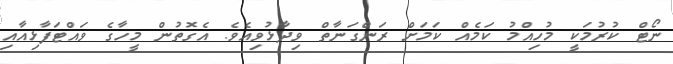
ނޯޓް ކުރުމަކީ މުހިއްމު ކަމެއް ކަމަށް ރަންގަނާތް ވިދާޅުވިއެވެ. އެގޮތުން މީހާގެ ވައްޓަފާޅިއާއި